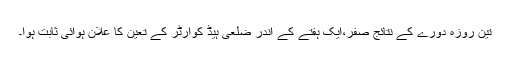
تین روزہ دورے کے نتائج صفر،ایک ہفتے کے اندر ضلعی ہیڈ کوارٹر کے تعین کا علان ہوائی ثابت ہوا۔